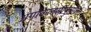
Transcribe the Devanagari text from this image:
अर्गोकेलसीफेरोल